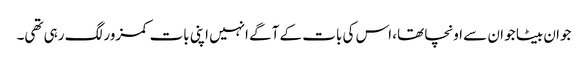
جوان بیٹا جو ان سے اونچا تھا، اس کی بات کے آگے انہیں اپنی بات کمزور لگ رہی تھی۔